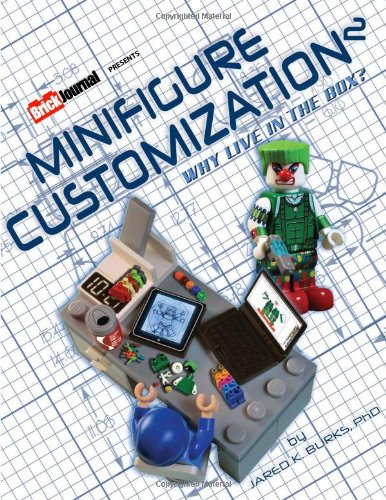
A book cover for Minifigure Customization 2: Why Live in the Box? (Minifigure Customization SC); Jared Burks; Humor & Entertainment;